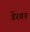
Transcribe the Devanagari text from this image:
डेरगन